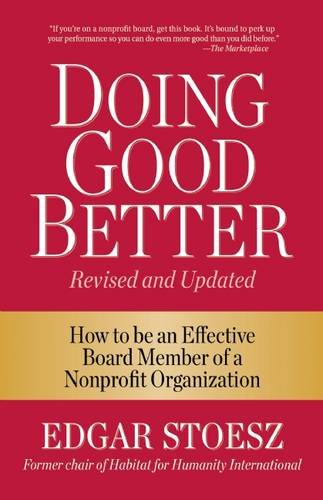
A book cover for Doing Good Better: How to be an Effective Board Member of a Nonprofit Organization; Edgar Stoesz; Business & Money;